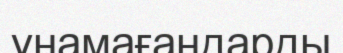
ұнамағандарды